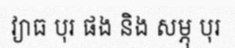
វ្យាធ បុរ ផង និង សម្ភុ បុរ